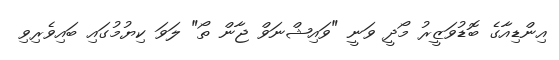
އިންޑިއާގެ ބޮޑުވަޒީރު މޯދީ ވަނީ "ވައިޝްނަވް ޖާން ތޯ" ލަވަ ކިޔުމުގައި ބައިވެރިވި